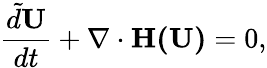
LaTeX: \frac{\tilde{d}\mathbf{U}}{dt}+\nabla\cdot\mathbf{H(\mathbf{U})}=0,